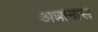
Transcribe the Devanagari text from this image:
अन्नानास